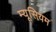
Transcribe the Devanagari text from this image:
म्यूसियम